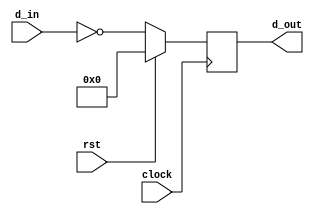
module wide_inv_reg
(
    d_in,
    d_out,
    clock,
    rst
);
    input clock;
    input rst;
    input [31:0] d_in;

    reg [31:0] d_d;

    output [31:0] d_out;

    always @ (posedge clock)
        if(rst)
            d_d <= 32'b0;
        else
            d_d <= ~d_in;

    assign d_out = d_d;

endmodule